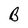
Character: B